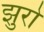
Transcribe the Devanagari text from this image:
झुरो